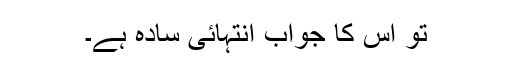
تو اس کا جواب انتہائی سادہ ہے۔